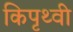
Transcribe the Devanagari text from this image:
किपृथ्वी